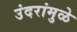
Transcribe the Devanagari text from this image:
उंदरांमुळे